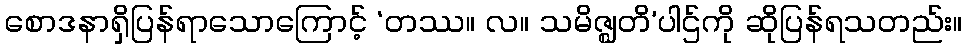
စောဒနာရှိပြန်ရာသောကြောင့် ‘တဿ။ လ။ သမိဇ္ဈတိ’ပါဌ်ကို ဆိုပြန်ရသတည်း။